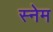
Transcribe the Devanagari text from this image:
स्नेम